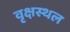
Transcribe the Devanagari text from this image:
वृक्षस्थल